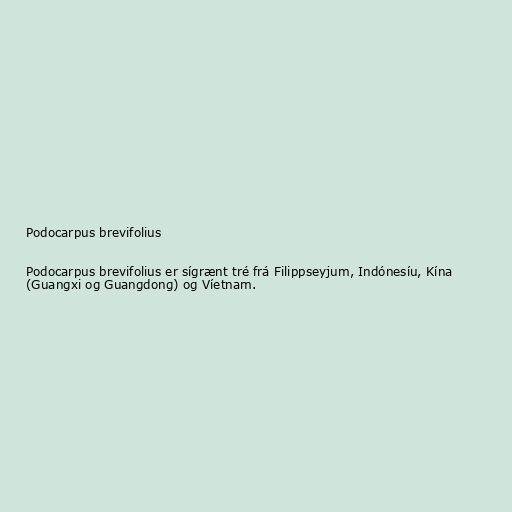
Podocarpus brevifolius

Podocarpus brevifolius er sígrænt tré frá Filippseyjum, Indónesíu, Kína
(Guangxi og Guangdong) og Víetnam.